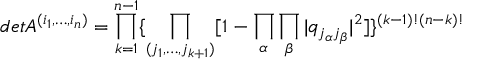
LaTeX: d e t A ^ { ( i _ { 1 } , \dots , i _ { n } ) } = \prod _ { k = 1 } ^ { n - 1 } \{ \prod _ { ( j _ { 1 } , \dots , j _ { k + 1 } ) } [ 1 - \prod _ { \alpha } \prod _ { \beta } | q _ { j _ { \alpha } j _ { \beta } } | ^ { 2 } ] \} ^ { ( k - 1 ) ! ( n - k ) ! }